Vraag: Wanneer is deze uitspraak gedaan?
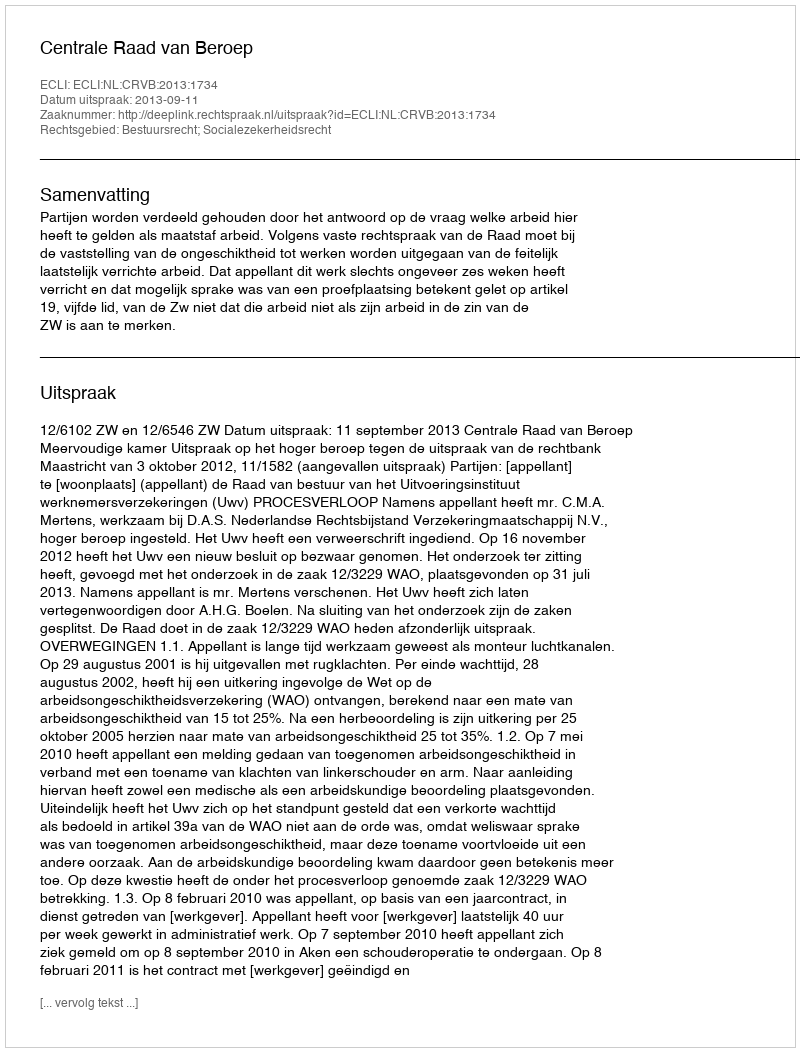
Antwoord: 2013-09-11